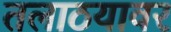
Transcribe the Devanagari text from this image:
तलाठयावर